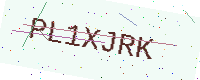
Text: PL1XJRK